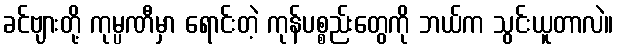
ခင်ဗျားတို့ ကုမ္ပဏီမှာ ရောင်းတဲ့ ကုန်ပစ္စည်းတွေကို ဘယ်က သွင်းယူတာလဲ။